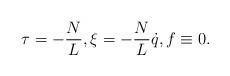
LaTeX: \begin{align*} \tau =-\frac{N}{L}, \xi=-\frac{N}{L}\dot q, f\equiv 0.\end{align*}